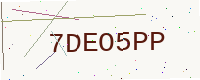
Text: 7DEO5PP